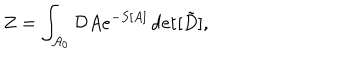
Z = \int _ { { \cal A } _ { 0 } } { \cal D } A e ^ { - S [ A ] } \det [ \tilde { D } ] ,